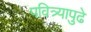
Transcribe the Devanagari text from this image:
पवित्र्यापुढे